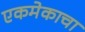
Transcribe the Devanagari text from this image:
एकमेकाचा